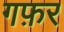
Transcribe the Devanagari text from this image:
गफ़र